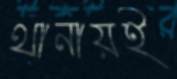
থানায়ই